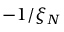
- 1 / \xi _ { N }